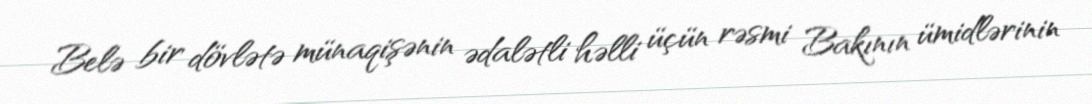
Belə bir dövlətə münaqişənin ədalətli həlli üçün rəsmi Bakının ümidlərinin